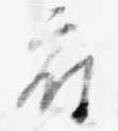
府